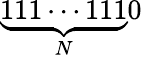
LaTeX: \underbrace{111\cdots 111}_{N}0